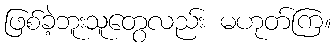
ဖြစ်ခဲ့ဘူးသူတွေလည်း မဟုတ်ကြ။